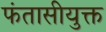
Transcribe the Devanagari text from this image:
फंतासीयुक्त